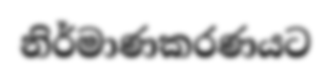
නිර්මාණකරණයට